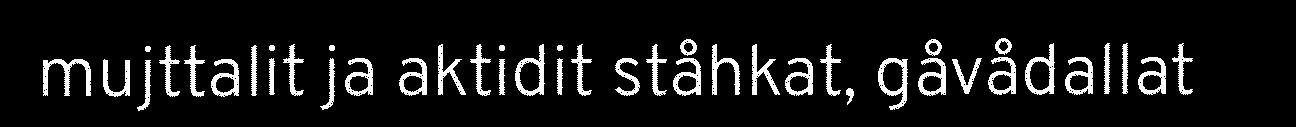
mujttalit ja aktidit ståhkat, gåvådallat